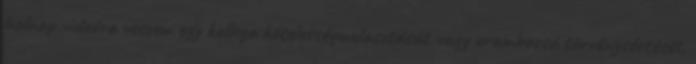
holnap videóra veszem egy kollega kötelességmulasztását vagy urambocsá törvénysértését,